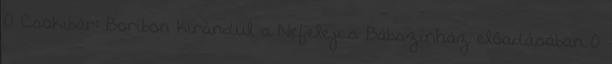
0 Csokibár: Boribon kirándul a Nefelejcs Bábszínház előadásában 0